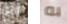
التي به